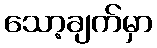
သော့ချက်မှာ